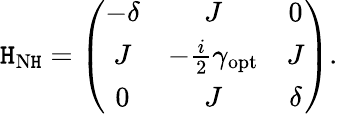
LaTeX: \mathtt{H}_{\mathrm{{N\mathtt{H}}}}=\left(\begin{array}{ccc}{-\delta}&{J}&{0}\\ {J}&{-\frac{i}{2}\gamma_{\mathrm{opt}}}&{J}\\ {0}&{J}&{\delta}\end{array}\right).